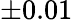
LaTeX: \pm 0.01